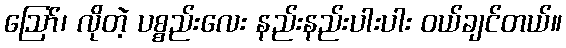
ဪ၊ လိုတဲ့ ပစ္စည်းလေး နည်းနည်းပါးပါး ဝယ်ချင်တယ်။